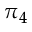
\pi _ { 4 }